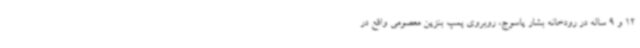
12 و 9 ساله در رودخانه بشار یاسوج، روبروی پمپ بنزین معصومی واقع در